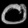
Digit: ၀